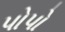
પોપો